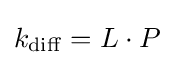
k_{\mathrm {diff} }=L\cdot P